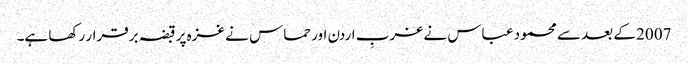
2007 کے بعد سے محمود عباس نے غربِ اردن اور حماس نے غزہ پر قبضہ برقرار رکھا ہے۔